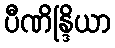
ပီဏိန္ဒြိယာ